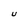
Character: U